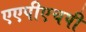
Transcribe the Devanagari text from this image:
एएपीएचपी